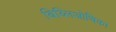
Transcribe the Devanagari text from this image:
बिब्लिओथिका